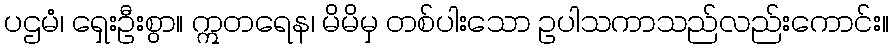
ပဌမံ၊ ရှေးဦးစွာ။ ဣတရေန၊ မိမိမှ တစ်ပါးသော ဥပါသကာသည်လည်းကောင်း။